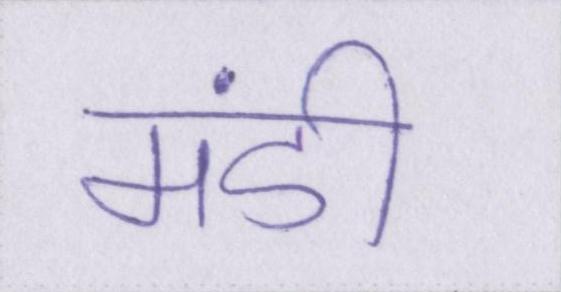
मंडी